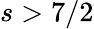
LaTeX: s>7/2